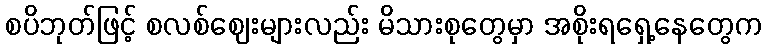
စပိဘုတ်ဖြင့် စလစ်ဈေးများလည်း မိသားစုတွေမှာ အစိုးရရှေ့နေတွေက